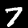
Label: 7